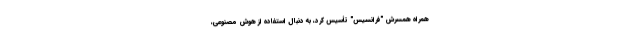
همراه همسرش "فرانسیس" تأسیس کرد، به دنبال استفاده از هوش مصنوعی،